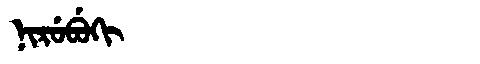
Manchu: ᠨᡳᡵᡠᠪᡠᡴᡳ
Romanization: NIRUBUKI